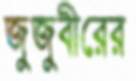
জুজুবীরের